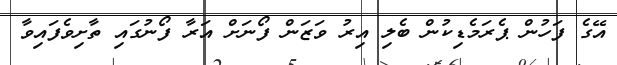
އޭގެ ފަހުން ޕެރަމެޑިކުން ބެލި އިރު ވަޒަން ފޯނަށް އަރާ ފޯނުގައި ތާށިވެފައިވާ